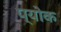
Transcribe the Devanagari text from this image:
प्योक